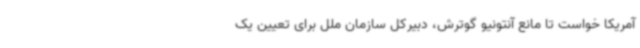
آمریکا خواست تا مانع آنتونیو گوترش، دبیرکل سازمان ملل برای تعیین یک